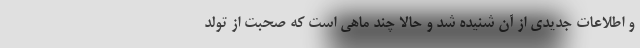
و اطلاعات جدیدی از آن شنیده شد و حالا چند ماهی است که صحبت از تولد